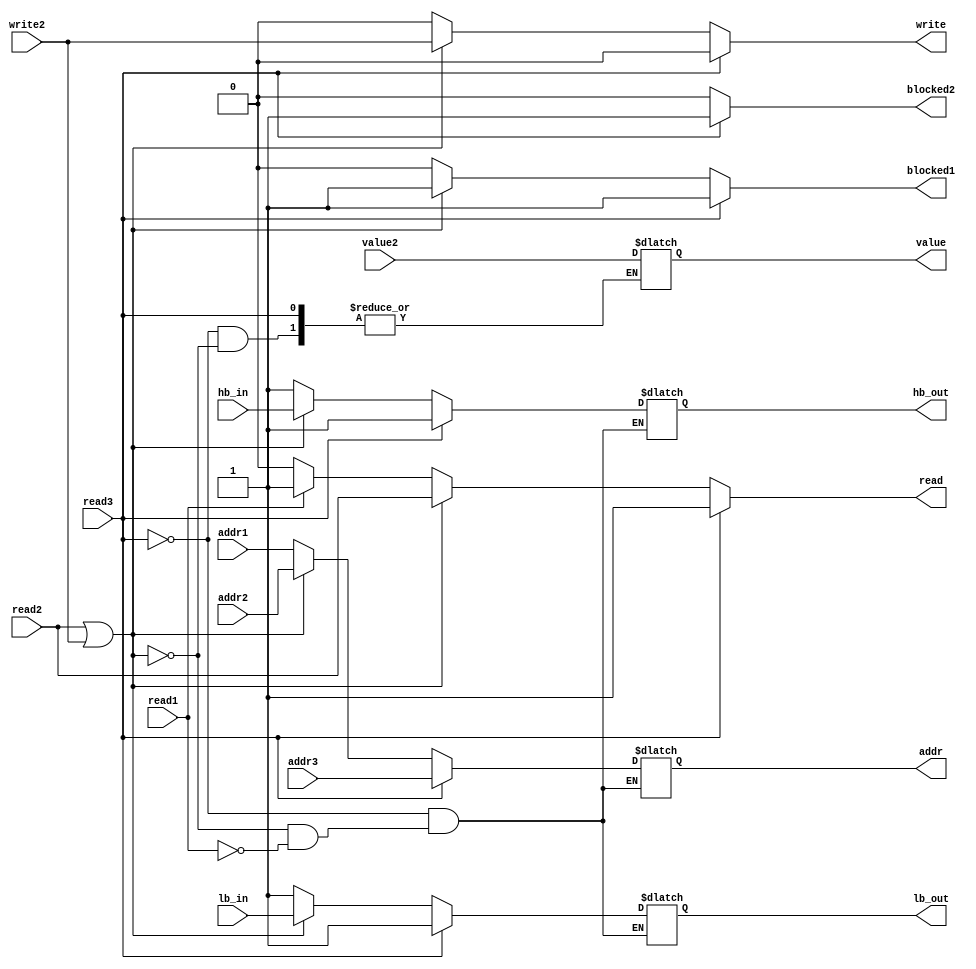
module memHandler(read1, addr1, read2, write2, value2, lb_in, hb_in, lb_out, hb_out, addr2, read3, addr3, blocked1, blocked2, addr, value, read, write);
	input read1;
	input [31:0] addr1;
	input read2;
	input write2;
	input [15:0] value2;
	input [31:0] addr2;
	input read3;
	input [31:0] addr3;
	
	input lb_in;
	input hb_in;
	
	output reg lb_out;
	output reg hb_out;
	
	output reg blocked1;
	output reg blocked2;
	output reg [31:0] addr;
	output reg [15:0]value;
	output reg read;
	output reg write;

	always @ (*) begin
		if (read3) begin
			blocked1 <= 1;
			blocked2 <= 1;
			read <= 1;
			write <= 0;
			addr <= addr3;
			lb_out <= 1;
			hb_out <= 1;
		end
		else if (read2 || write2) begin
			blocked1 <= 1;
			blocked2 <= 0;
			read <= read2;
			write <= write2;
			value <= value2;
			addr <= addr2;
			lb_out <= lb_in;
			hb_out <= hb_in;
		end
		else if (read1) begin
			blocked1 <= 0;
			blocked2 <= 0;
			read <= 1;
			write <= 0;
			addr <= addr1;
			lb_out <= 1;
			hb_out <= 1;
		end
		else begin
			blocked1 <= 0;
			blocked2 <= 0;
			read <= 0;
			write <= 0;
		end
	end
endmodule